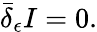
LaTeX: \bar{\delta}_{\epsilon}I=0.